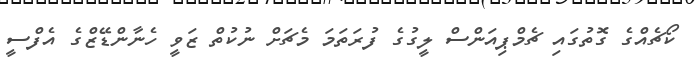
ކޯޗެއްގެ ގޮތުގައި ޗެމްޕިއަންސް ލީގުގެ ފުރަތަމަ މެޗަށް ނުކުތް ޒަވީ ހެނާންޑޭޒްގެ އެފްސީ